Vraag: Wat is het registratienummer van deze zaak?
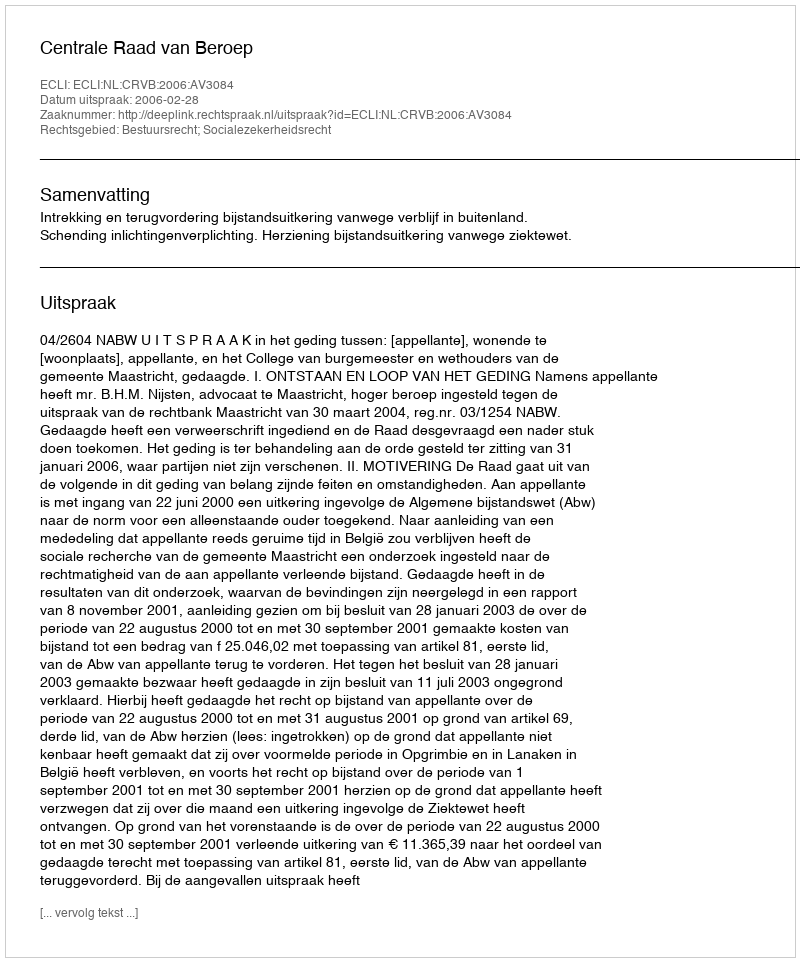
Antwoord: http://deeplink.rechtspraak.nl/uitspraak?id=ECLI:NL:CRVB:2006:AV3084